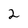
Character: 2